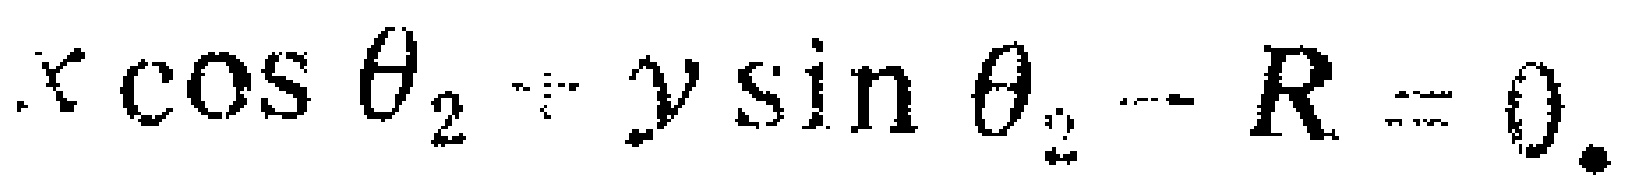
\(x\cos\theta_{2} - y\sin\theta_{2} - R = 0\)